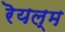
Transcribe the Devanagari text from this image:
रॆयल्म